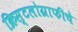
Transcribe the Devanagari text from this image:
क्रिस्टलोग्राफीचे